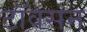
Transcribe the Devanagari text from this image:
टॉवसन